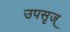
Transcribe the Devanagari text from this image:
उपसृज्